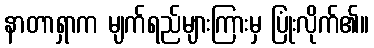
နာတာရှာက မျက်ရည်များကြားမှ ပြုံးလိုက်၏။